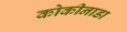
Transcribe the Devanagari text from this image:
कोकीनाडा